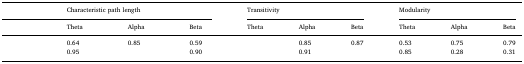
<table><thead><tr><td>[EMPTY_CELL]</td><td colspan="3"><b>Characteristic path length</b></td><td colspan="3"><b>Transitivity</b></td><td colspan="3"><b>Modularity</b></td></tr><tr><td>[EMPTY_CELL]</td><td><b>Theta</b></td><td><b>Alpha</b></td><td><b>Beta</b></td><td><b>Theta</b></td><td><b>Alpha</b></td><td><b>Beta</b></td><td><b>Theta</b></td><td><b>Alpha</b></td><td><b>Beta</b></td></tr></thead><tbody><tr><td>[EMPTY_CELL]</td><td>0.64</td><td>0.85</td><td>0.59</td><td>[EMPTY_CELL]</td><td>0.85</td><td>0.87</td><td>0.53</td><td>0.75</td><td>0.79</td></tr><tr><td>[EMPTY_CELL]</td><td>0.95</td><td>[EMPTY_CELL]</td><td>0.90</td><td>[EMPTY_CELL]</td><td>0.91</td><td>[EMPTY_CELL]</td><td>0.85</td><td>0.28</td><td>0.31</td></tr></tbody></table>